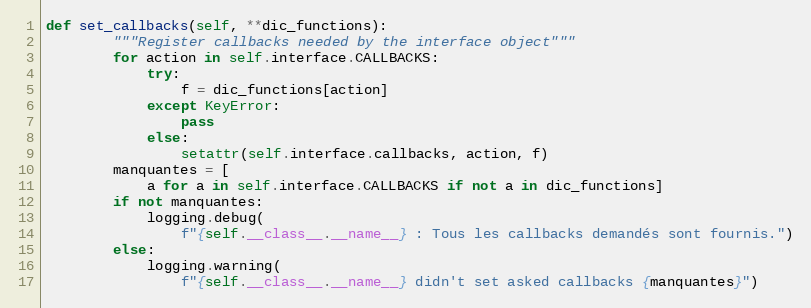
Language: Python
def set_callbacks(self, **dic_functions):
        """Register callbacks needed by the interface object"""
        for action in self.interface.CALLBACKS:
            try:
                f = dic_functions[action]
            except KeyError:
                pass
            else:
                setattr(self.interface.callbacks, action, f)
        manquantes = [
            a for a in self.interface.CALLBACKS if not a in dic_functions]
        if not manquantes:
            logging.debug(
                f"{self.__class__.__name__} : Tous les callbacks demandés sont fournis.")
        else:
            logging.warning(
                f"{self.__class__.__name__} didn't set asked callbacks {manquantes}")